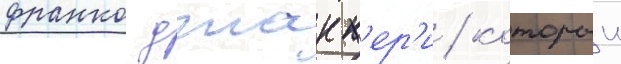
франко джакк'ер'и / которыи